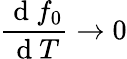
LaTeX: \frac{\mathrm{~d~}f_{0}}{\mathrm{~d~}T}\rightarrow 0